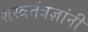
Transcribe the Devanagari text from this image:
शस्त्रतंत्रज्ञांनी